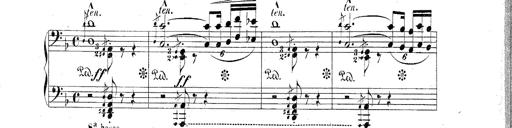
Title: Hungarian Rhapsody No.2
Composer: Franz Liszt
Key: C-sharp minor